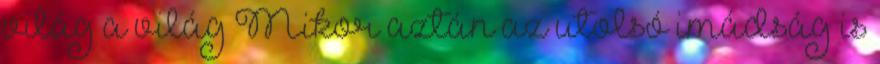
világ a világ Mikor aztán az utolsó imádság is